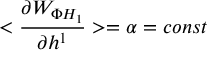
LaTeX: < \frac { \partial W _ { \Phi H _ { 1 } } } { \partial h ^ { 1 } } > = \alpha = c o n s t